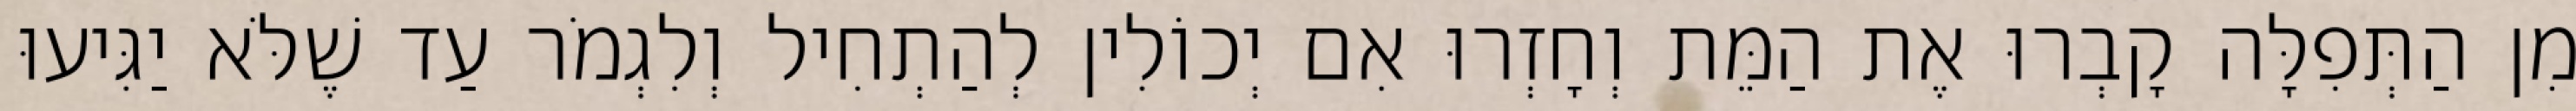
מִן הַתְּפִלָּה קָבְרוּ אֶת הַמֵּת וְחָזְרוּ אִם יְכוֹלִין לְהַתְחִיל וְלִגְמֹר עַד שֶׁלֹּא יַגִּיעוּ